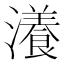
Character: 瀁